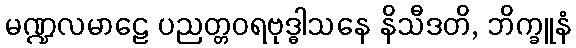
မဏ္ဍလမာဠေ ပညတ္တဝရဗုဒ္ဓါသနေ နိသီဒတိ, ဘိက္ခူနံ